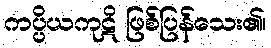
ကပ္ပိယကုဋိ ဖြစ်ပြန်သေး၏၊